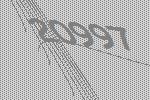
20997